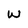
Character: W